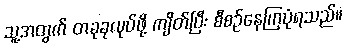
သူ့အတွက် တခုခုလုပ်ဖို့ ကျိတ်ပြီး စီစဉ်နေကြပုံရသည်။